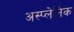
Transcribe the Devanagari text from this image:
अस्प्लेनिक